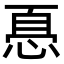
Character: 㥑